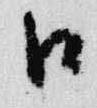
口